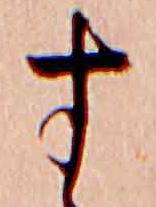
す